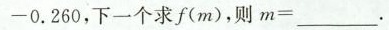
- 0 . 2 6 0$$，下一个求f(m)，则$$m = ___$$。